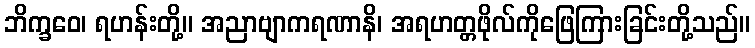
ဘိက္ခဝေ၊ ရဟန်းတို့။ အညာဗျာကရဏာနိ၊ အရဟတ္တဖိုလ်ကိုဖြေကြားခြင်းတို့သည်။